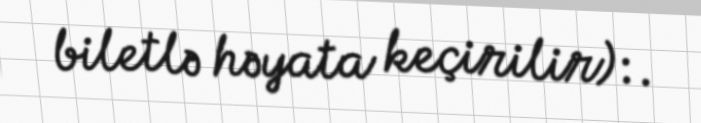
biletlə həyata keçirilir):.